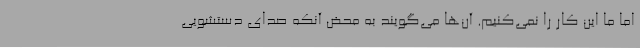
اما ما این کار را نمی‌کنیم. آن‌ها می‌گویند به محض آنکه صدای دستشویی